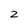
Character: 2